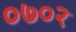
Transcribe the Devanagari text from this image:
०७०२